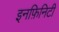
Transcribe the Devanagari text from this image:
इनफ़िनिटी